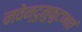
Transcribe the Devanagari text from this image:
नवेन्दुमुकुटाभातं